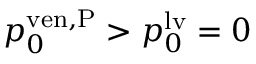
p _ { 0 } ^ { \mathrm { v e n , P } } > p _ { 0 } ^ { \mathrm { l v } } = 0